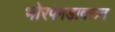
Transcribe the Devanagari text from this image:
भोरपगडावरून